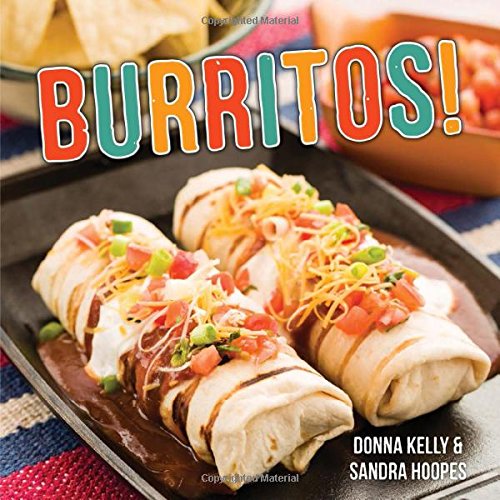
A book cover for Burritos; Donna Kelly; Cookbooks, Food & Wine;